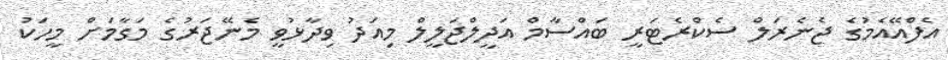
އެފްއޭއެމުގެ ޖެނެރަލް ސެކްރެޓަރީ ބައްސާމް އަދީލްޖަލީލް މިއަދު ވިދާޅުވީ މެނޭޖަރުގެ މަގާމަށް މީހަކު